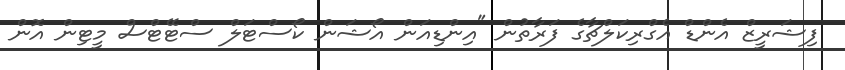
ފިޝަރީޒް އެންޑް އެގްރިކަލްޗާގެ ފަރާތުން "އިންޑިއަން އޯޝަން ކޯސްޓަލް ސްޓޭޓްސް މީޓިން އޮން